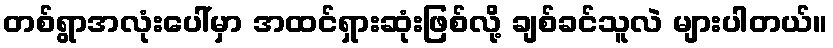
တစ်ရွာအလုံးပေါ်မှာ အထင်ရှားဆုံးဖြစ်လို့ ချစ်ခင်သူလဲ များပါတယ်။